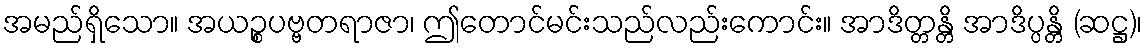
အမည်ရှိသော။ အယဉ္စပဗ္ဗတရာဇာ၊ ဤတောင်မင်းသည်လည်းကောင်း။ အာဒိတ္တန္တိ အာဒိပ္ပန္တိ (ဆဋ္ဌ)၊